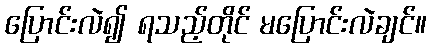
ပြောင်းလဲ၍ ရသည့်တိုင် မပြောင်းလဲချင်။